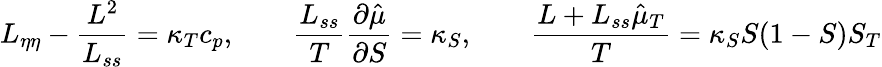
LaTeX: L_{\eta\eta}-\frac{L^{2}}{L_{ss}}=\kappa_{T}c_{p},\qquad\frac{L_{ss}}{T}\frac{\partial\hat{\mu}}{\partial S}=\kappa_{S},\qquad\frac{L+L_{ss}\hat{\mu}_{T}}{T}=\kappa_{S}S(1-S)S_{T}